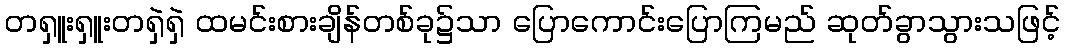
တရှူးရှူးတရှဲရှဲ ထမင်းစားချိန်တစ်ခု၌သာ ပြောကောင်းပြောကြမည် ဆုတ်ခွာသွားသဖြင့်